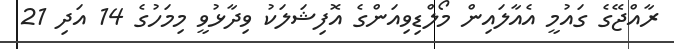
ރާއްޖޭގެ ގައުމީ އެއާލައިން މޯލްޑިވިއަންގެ އޮފިޝަލަކު ވިދާޅުވީ މިމަހުގެ 14 އަދި 21